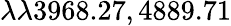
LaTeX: \lambda\lambda 3968.27,4889.71